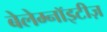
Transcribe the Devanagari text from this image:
बेलेम्नॉइटीज़